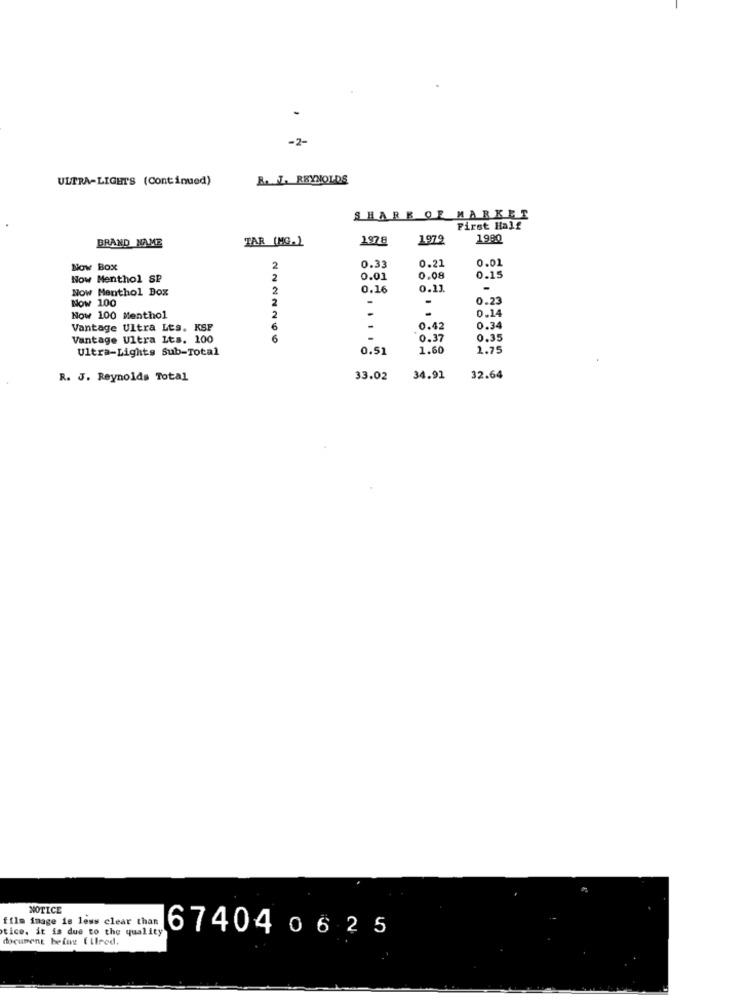
-
-2-
ULTRA-LIGHTS (Continued)
R. J. REYNOLDS
SHARE OF MARKET
First Half
BRAND NAME
1978
197.9
1990
TAR (MG.]
0.21
0.01
Now Box
2
0.33
Now Menthol SP
2
0.01
0.08
0.15
Now Menthol Box
2
0.16
0.11.
Now 100
2
0.23
.
0.14
Now 100 Menthol
2
.
Vantage Ultra Les. KSP
6
-
0.42
0.34
Vantage Ultra Lts. 100
6
0.37
0.35
Ultra-Lights Sub-Total
0.51
1.60
1.75
R. J. Reynolds Total
33.02
34.91
32.64
NOTICE
film image is less clear than
tice. it is due to the quality
document belo Eilred.
674040625